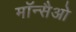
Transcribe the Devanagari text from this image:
मॉन्सैओ